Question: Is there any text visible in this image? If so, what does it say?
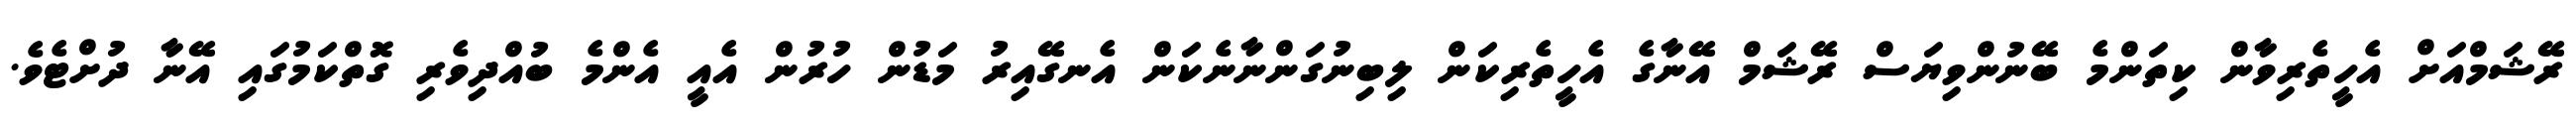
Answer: ރޭޝަމްއަށް އެހީތެރިވާން ކިތަންމެ ބޭނުންވިޔަސް ރޭޝަމް އޭނާގެ އެހީތެރިކަން ލިބިނުގަންނާނެކަން އެނގޭއިރު މަޑުން ހުރުން އެއީ އެންމެ ބުއްދިވެރި ގޮތްކަމުގައި އޭނާ ދުށްޓެވެ.